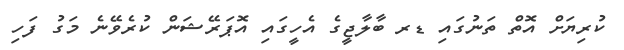
ކުރިޔަށް އޮތް ތަނުގައި ޑރ ބާލާޖީގެ އެހީގައި އޮޕަރޭޝަން ކުރެވޭނެ މަގު ފަހި